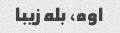
اوه، بله زیبا